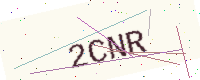
Text: 2CNR